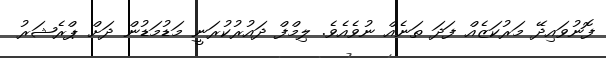
ފޮނުވައިދޭ މަރުކަޒެއް ފަދަ ތަނެއް ނުވެއެވެ. ލިމްފް ދައުރުކުރަނީ މަޑުމަޑުން ދަށް ޕްރެޝަރު